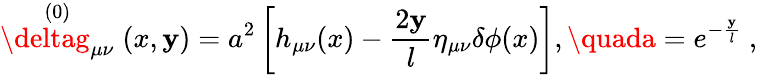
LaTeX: \stackrel{(0)}{\deltag_{\mu\nu}}(x,\mathbf{y})=a^{2}\left[h_{\mu\nu}(x)-\frac{{2\mathbf{y}}}{{l}}\eta_{\mu\nu}\delta\phi(x)\right],\quada=e^{-\frac{{\mathbf{y}}}{{l}}}\ ,